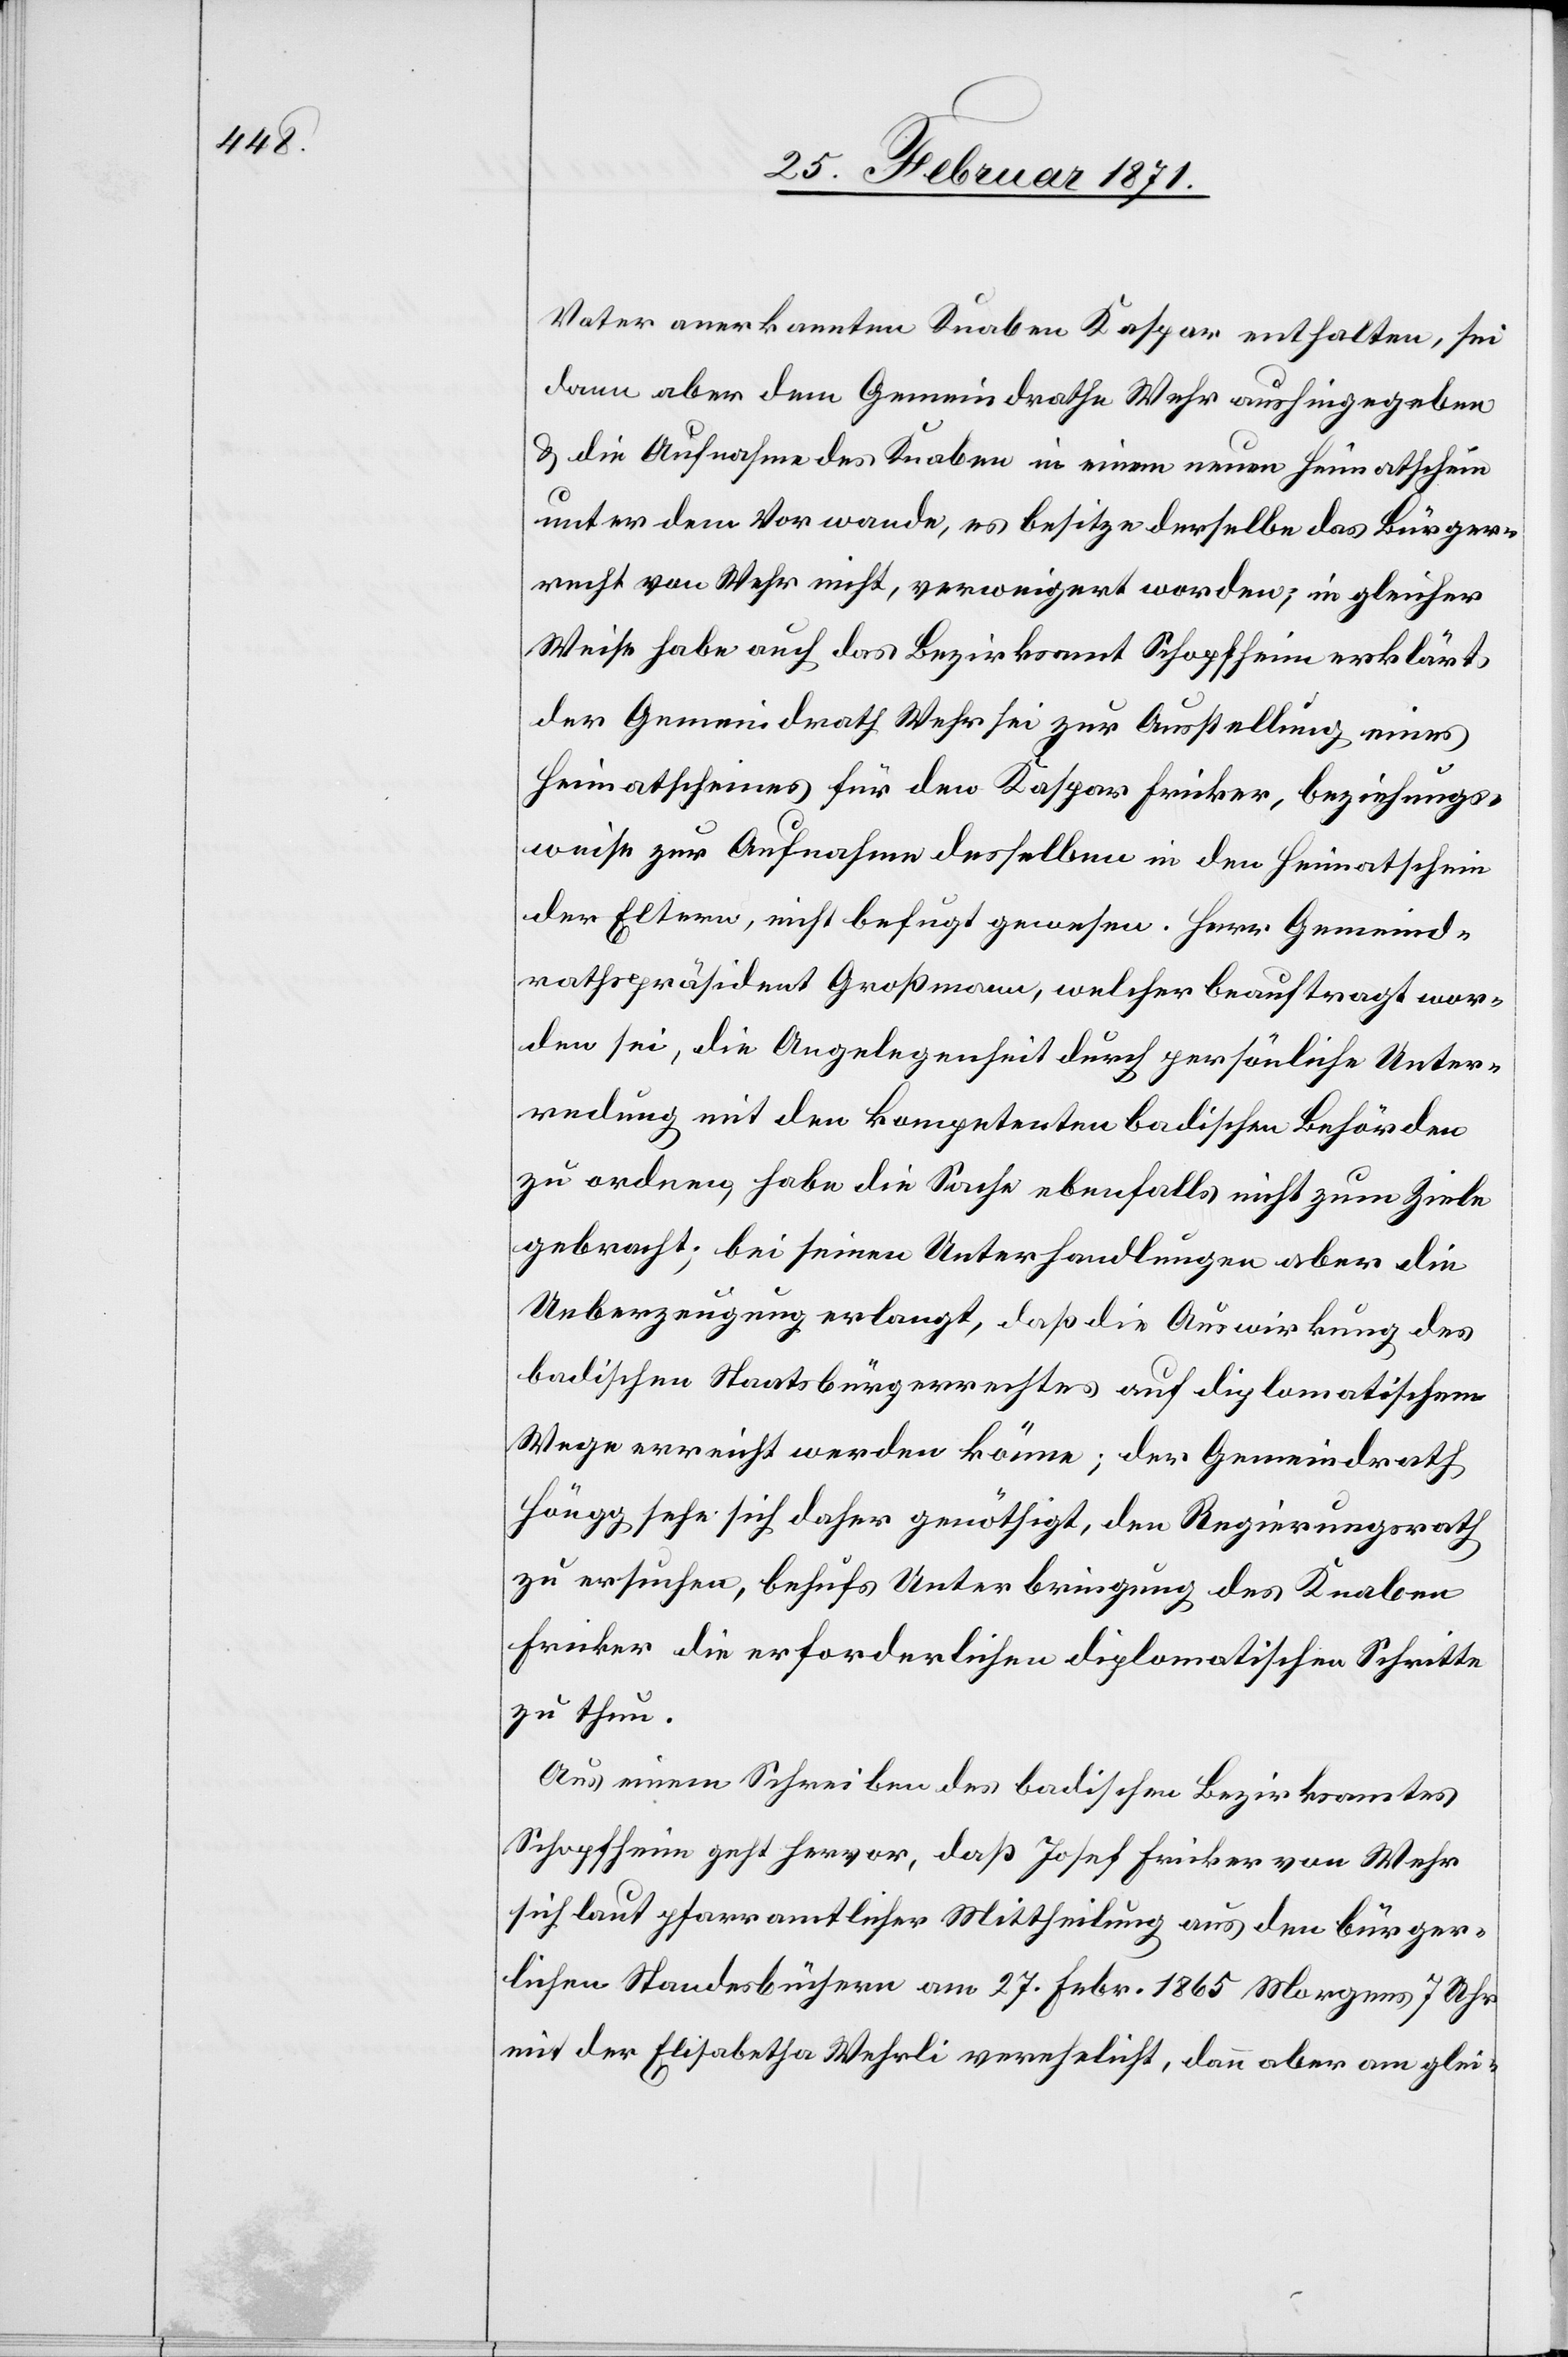
Vater anerkannten Knaben Kaspar enthalten, sei
dann aber dem Gemeindrath Wehr aushingegeben
u. die Aufnahme des Knaben in einem neuen Heimatschein
unter dem Vorwande, es besitze derselbe das Bürger¬
recht von Wehr nicht, verweigert worden; in gleicher
Weise habe auch das Bezirksamt Schopfheim erklärt,
der Gemeindrath Wehr sei zur Ausstellung eines
Heimatscheins für den Kaspar Fricker, beziehungs¬
weise zur Aufnahme desselben in den Heimatschein
der Eltern, nicht befugt gewesen. Herr Gemeind¬
rathspräsident Großmann, welcher beauftrag wor¬
den sei, die Angelegenheit durch persönliche Unter¬
redung mit den Kompetenten badischen Behörden
zu ordnen, habe die Sache ebenfalls nicht zum Ziele
gebracht; bei seinen Unterhandlungen aber die
Ueberzeugung erlangt, daß die Auswirkung des
badischen Staatsbürgerrechtes auf diplomatischem
Wege erreicht werden könne; der Gemeindrath
Höngg sehe sich daher genöthigt, den Regierungsrath
zu ersuchen, behufs Unterbringung des Knaben
Fricker die erforderlichen diplomatischen Schritte
zu thun.
Aus einem Schreiben des badischen Bezirksamtes
Schopfheim geht hervor, daß Josef Fricker von Wehr
sich laut pfarramtlicher Mittheilung aus den bürger¬
lichen Standesbüchern am 27. Febr. 1865 Morgens 7 Uhr
mit der Elisabetha Wehrli verehelicht, den oben am glei-